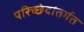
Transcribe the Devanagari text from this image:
परिच्छेदांतर्गत